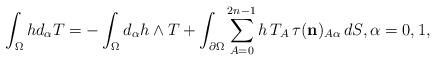
LaTeX: \begin{align*}\int_\Omega hd_\alpha T=-\int_\Omega d_\alpha h\wedge T+\int_{\partial\Omega}\sum_{A=0}^{2n-1}h\,T_A\, \tau( \mathbf{{n}})_{A\alpha}\,dS,\alpha=0,1,\end{align*}